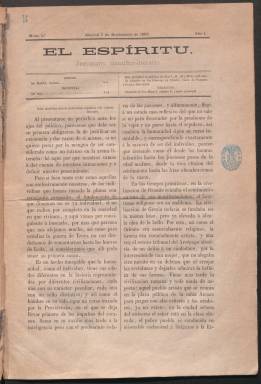
Título: El Espíritu (Madrid)
Colección: Revistas de información general
Ámbito geográfico: Madrid
Lugar de publicación: Madrid
Fechas: 07/11/1863-28/01/1864